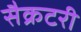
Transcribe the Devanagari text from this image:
सैक्रटरी